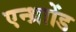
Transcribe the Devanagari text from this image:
एन्थ्राोंड